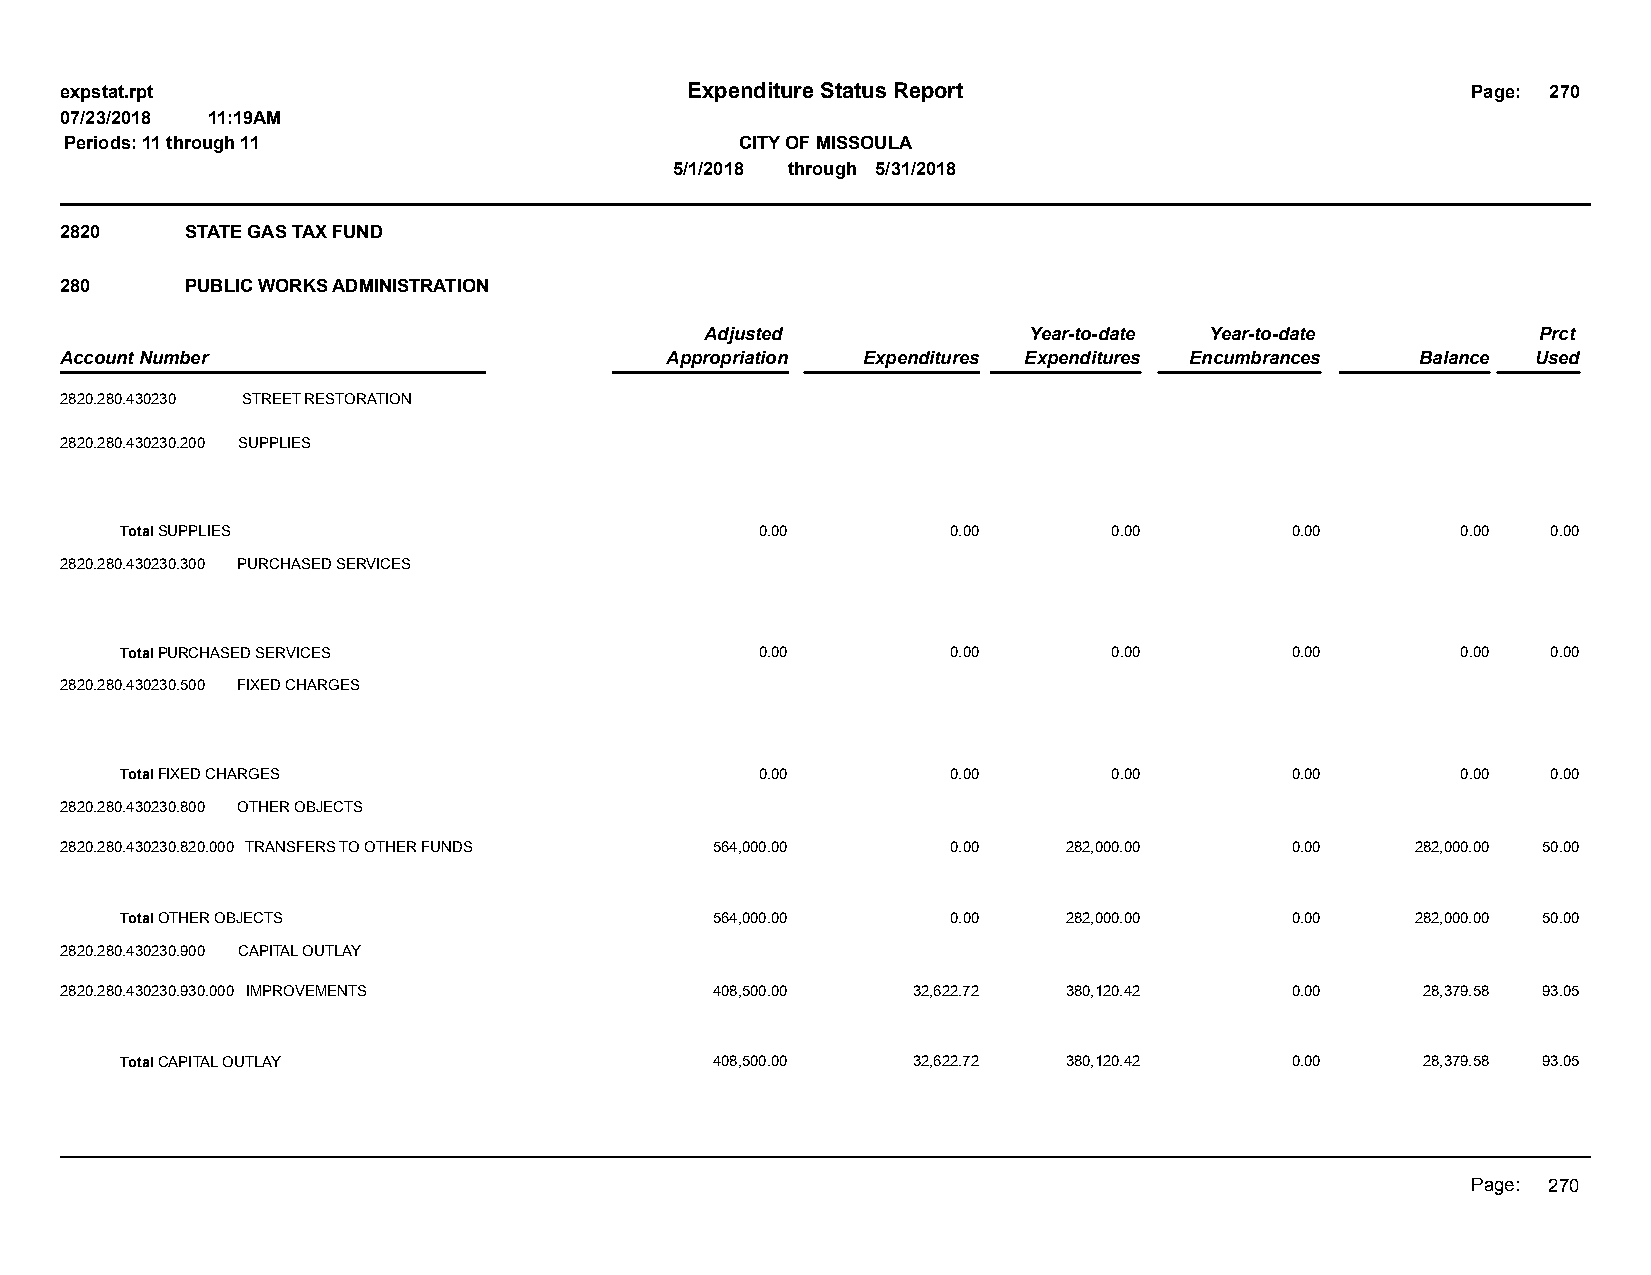
expstat.rpt                              Expenditure Status Report                           Page: 270
 07/23/2018 11:19AM
 Periods: 11 through 11                       CITY OF MISSOULA
 5/1/2018 through 5/31/2018
 2820    STATE GAS TAX FUND
 280     PUBLIC WORKS ADMINISTRATION
 Adjusted             Year-to-date Year-to-date         Prct
 Account Number                          Appropriation Expenditures Expenditures Encumbrances Balance Used
 2820.280.430230 STREET RESTORATION
 2820.280.430230.200 SUPPLIES
 Total SUPPLIES                            0.00         0.00       0.00       0.00        0.00  0.00
 2820.280.430230.300 PURCHASED SERVICES
 Total PURCHASED SERVICES                  0.00         0.00       0.00       0.00        0.00  0.00
 2820.280.430230.500 FIXED CHARGES
 Total FIXED CHARGES                       0.00         0.00       0.00       0.00        0.00  0.00
 2820.280.430230.800 OTHER OBJECTS
 2820.280.430230.820.000 TRANSFERS TO OTHER FUNDS 564,000.00 0.00   282,000.00    0.00     282,000.00 50.00
 Total OTHER OBJECTS                    564,000.00      0.00    282,000.00    0.00     282,000.00 50.00
 2820.280.430230.900 CAPITAL OUTLAY
 2820.280.430230.930.000 IMPROVEMENTS       408,500.00   32,622.72  380,120.42    0.00     28,379.58 93.05
 Total CAPITAL OUTLAY                   408,500.00   32,622.72  380,120.42    0.00     28,379.58 93.05
 Page: 270